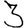
Digit: 3